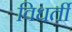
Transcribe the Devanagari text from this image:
विधर्ती